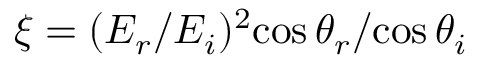
\xi = { ( E _ { r } / E _ { i } ) ^ { 2 } } { \cos \theta _ { r } } / { \cos \theta _ { i } }